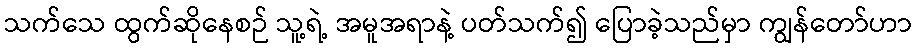
သက်သေ ထွက်ဆိုနေစဉ် သူ့ရဲ့ အမူအရာနဲ့ ပတ်သက်၍ ပြောခဲ့သည်မှာ ကျွန်တော်ဟာ